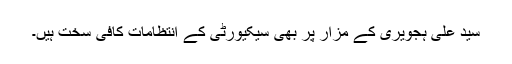
سید علی ہجویری کے مزار پر بھی سیکیورٹی کے انتظامات کافی سخت ہیں۔